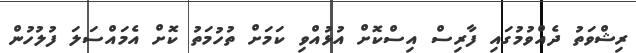
ރިޝްވަތު ދެއްވުމުގައި ފާރިސް އިސްކޮށް އުޅުއްވި ކަމަށް ތުހުމަތު ކޮށް އެމައްސަލަ ފުލުހުން